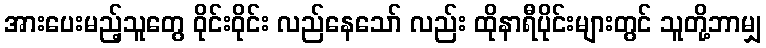
အားပေးမည့်သူတွေ ဝိုင်းဝိုင်း လည်နေသော် လည်း ထိုနာရီပိုင်းများတွင် သူတို့ဘာမျှ